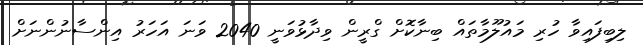
ލިބިފައިވާ ހުރި މައުލޫމާތައް ބިނާކޮށް ގްރީން ވިދާޅުވަނީ 2040 ވަނަ އަހަރު އިންސާނުންނަށް